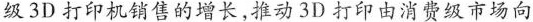
级3D打印机销售的增长,推动3D打印由消费级市场向